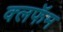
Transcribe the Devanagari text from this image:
क्लफॅम